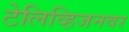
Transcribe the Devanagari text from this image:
टेलिव्हिजनवर